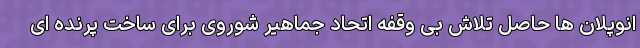
انوپلان ها حاصل تلاش بی وقفه اتحاد جماهیر شوروی برای ساخت پرنده ای